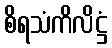
စိရသံကိလိဋ္ဌံ